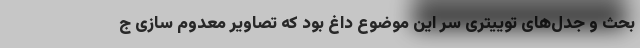
بحث و جدل‌های توییتری سر این موضوع داغ بود که تصاویر معدوم سازی ج